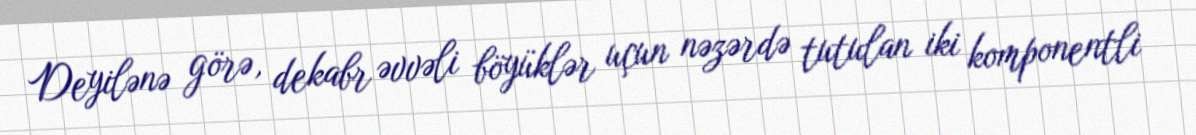
Deyilənə görə, dekabr əvvəli böyüklər uçun nəzərdə tutulan iki komponentli